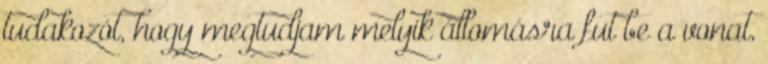
tudakozót, hogy megtudjam melyik állomásra fut be a vonat,